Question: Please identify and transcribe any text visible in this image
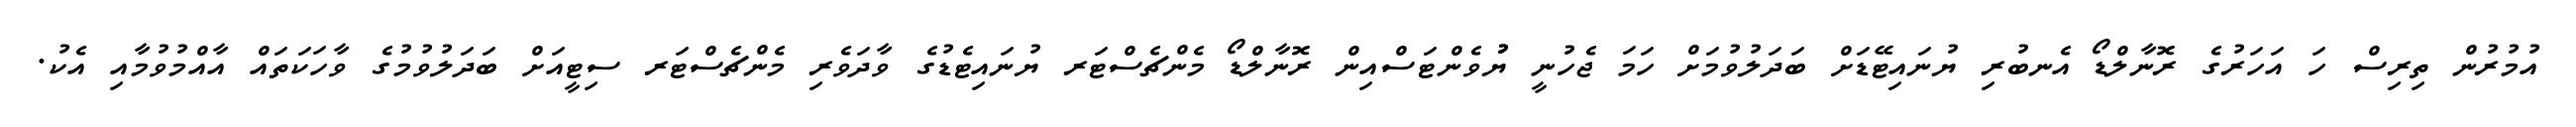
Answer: އުމުރުން ތިރިސް ހަ އަހަރުގެ ރޮނާލްޑޯ އެނބުރި ޔުނައިޓޭޑަށް ބަދަލުވުމަށް ހަމަ ޖެހުނީ ޔުުވެންޓަސްއިން ރޮނާލްޑޯ މެންޗެސްޓަރ ޔުނައިޓެޑުގެ ވާދަވެރި މެންޗެސްޓަރ ސިޓީއަށް ބަދަލުވުމުގެ ވާހަކަތައް އާއްމުވުމާއި އެކު.